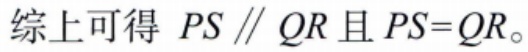
综上可得 \(PS \parallel QR\) 且 \(PS = QR\)。